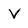
Character: V